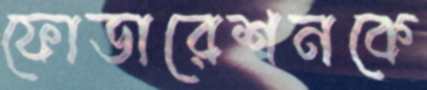
ফোডারেশনকে